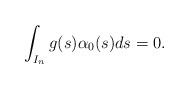
LaTeX: \begin{align*}\int_{I_n}g(s)\alpha_0(s)ds=0.\end{align*}